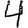
Digit: 4